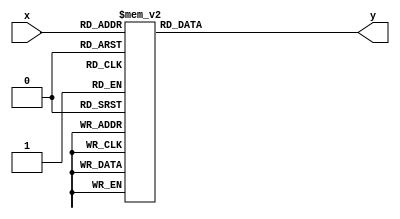
module TLTR3_8(x,y);
	input[2:0] x;
	output[7:0] y;
	reg[7:0] y;
	always @(x) begin
	case (x)
		3'd0: y<=8'b00000001;
		3'd1: y<=8'b00000010;
		3'd2: y<=8'b00000100;
		3'd3: y<=8'b00001000;
		3'd4: y<=8'b00010000;
		3'd5: y<=8'b00100000;
		3'd6: y<=8'b01000000;
		3'd7: y<=8'b10000000;
	endcase
	end
endmodule